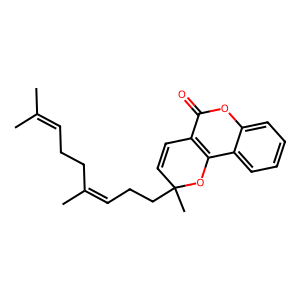
SMILES: CC(C)=CCCC(C)=CCCC1(C)C=Cc2c(c3ccccc3oc2=O)O1
Inhibits HIV replication: No